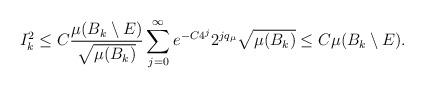
LaTeX: \begin{align*} I_k^2\le C\frac{\mu(B_k\setminus E)}{\sqrt{\mu(B_k)}}\sum_{j=0}^\infty e^{-C4^j}2^{jq_\mu}\sqrt{\mu(B_k)} \le C\mu(B_k\setminus E).\end{align*}